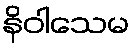
နိဝါသေမ